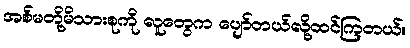
အစ်မတို့မိသားစုကို လူတွေက ပျော်တယ်လို့ထင်ကြတယ်။